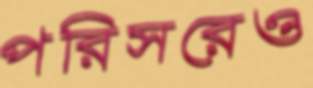
পরিসরেও